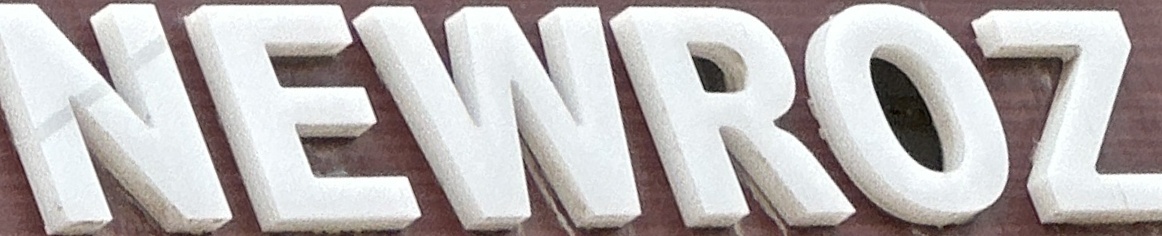
NEWROZ